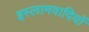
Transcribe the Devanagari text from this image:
इस्लामवादियों